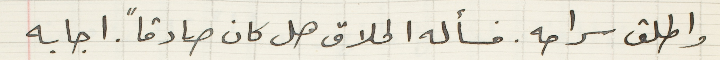
واطلق سراحه. فسأله الحلاق هل كان صادقاً. اجابه